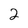
Character: 2